Vaccination North-Western Provinces and Oudh 1878-1895 - 1878-1895
Year: 1878
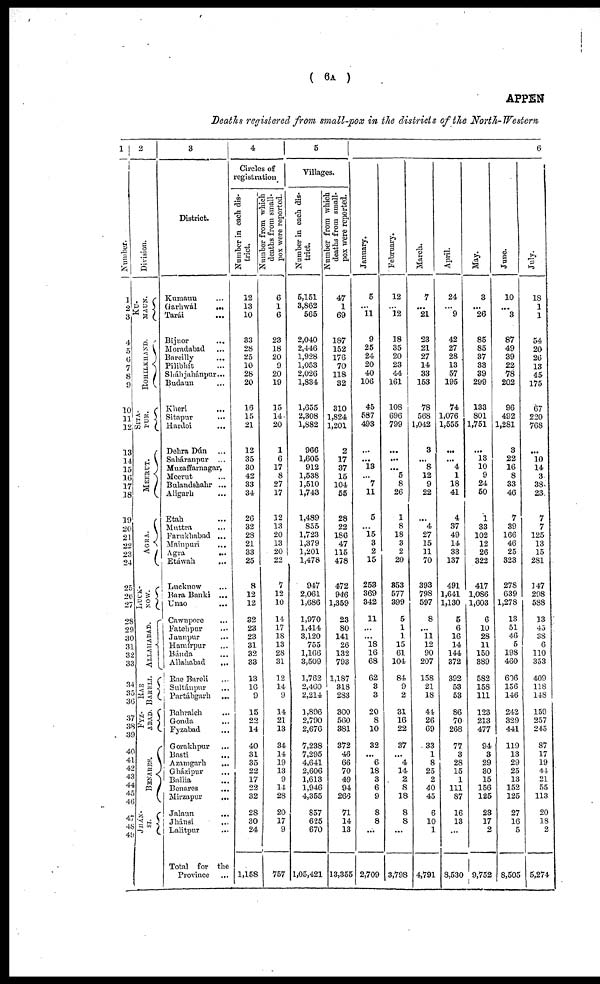
( 6A )
APPEN
Deaths registered from small-pox in the districts of the North-Western
1
Number.
1
2
3
4
5
6
7
8
9
10
11
12
13
14
15
16
17
18
19
20
21
22
23
24
25
26
27
28
29
30
31
32
33
34
35
36
37
38
39
40
41
42
43
44
45
41
47
48
49
2
Division.
Ku¬
NAUN.
ROHILKHAND.
SITA¬
PUR.
MEERUT.
AGRA.
LUCK¬
NOW.
ALLAHABAD.
RAE
BARELI.
FYZ¬
ABAD.
BENARES.
JHÁN¬
SI.
3
District.
Kumaun ...
Garhwál
...
Tarái
...
Bijnor ...
Moradabad ...
Bareilly ...
Pilibhít ...
Sháhjahánpur...
Budaun ...
Kheri ...
Sitapur ...
Hardoi ...
Dehra Dún ...
Saháranpur ...
Muzaffarnagar,
Meerut ...
Bulandshahr ...
Aligarh ...
Etah ...
Muttra ...
Farukhabad ...
Mainpuri ...
Agra ...
Etáwah ...
Lucknow ...
Bara Banki ...
Unao ...
Cawnpore ...
Fatehpur ...
Jaunpur ...
Hamírpur ...
Bánda ...
Allahabad
...
Rae Bareli ...
Sultánpur ...
Partábgarh
...
Bahraich ...
Gonda ...
Fyzabad ...
Gorakhpur ...
Basti ...
Azamgarh
...
Gbázipur ...
Ballia ...
Benares ...
Mirzapur
...
Jalaun ...
Jhánsi
...
Lalitpur ...
Total for the
Province ...
4
Circles of
registration
Number in each dis-
trict.
12
13
10
33
28
25
10
28
20
15
15
21
12
35
30
42
33
34
26
32
28
21
33
25
8
12
12
32
23
23
31
32
33
13
16
9
15
22
14
40
31
35
22
17
22
32
28
30
24
1,158
Number from which
deaths from small¬
pox were reported.
6
1
6
23
18
20
9
20
19
15
14
20
1
6
17
8
27
17
12
13
20
13
20
22
7
12
10
14
17
18
13
28
31
12
14
9
14
21
13
34
14
19
13
9
14
28
20
17
9
757
5
Villages.
Number in each dis-
trict.
5,151
3,862
565
2,040
2,446
1,928
1,053
2,026
1,834
1,655
2,308
1,882
966
1,605
912
1,538
1,510
1,743
1,489
855
1,723
1,379
1,201
1,478
947
2,061
1,686
1,970
1,414
3,120
755
1,166
3,509
1,762
2,460
2,214
3,896
2,790
2,676
7,238
7,295
4,641
2,606
1,613
1,946
4,355
857
625
670
1,05,421
Number from which
deaths from small-
pox were reported.
47
1
69
187
152
176
70
118
32
310
1,824
1,201
2
17
37
15
104
55
28
22
186
47
115
478
472
946
1,359
23
80
141
26
132
793
1,187
318
283
300
560
381
372
46
66
70
49
94
266
71
14
13
13,355
6
January.
5
...
11
9
25
24
20
40
106
45
587
493
...
...
13
...
7
11
5
...
15
3
2
15
253
369
342
11
...
...
18
16
68
62
3
3
20
8
10
32
...
6
18
3
6
9
8
8
...
2,709
February.
12
...
12
18
35
20
23
44
161
108
696
799
...
...
...
5
8
26
1
8
18
3
2
20
853
577
399
5
1
1
15
61
104
84
9
2
31
16
22
37
...
4
14
2 8
18
8
8
...
3,798
March.
7
...
21
23
21
27
14
33
153
78
568
1,042
3
...
8
12
9
22
...
4
27
15
11
70
393
798
597
8
...
11
12
90
207
158
21
18
44
26
69
33
1
8
25
2
40
45
6
10
1
4,791
April.
24
...
9
42
27
28
13
57
195
74
1,076
1,555
...
...
4
1
18
41
4
37
49
14
33
137
491
1,641
1,130
5
6
16
14
144
372
392
53
53
86
70
268
77
3
28
15
1
111
87
16
13
...
8,530
May.
3
...
26
85
85
37
33
39
299
133
801
1,751
...
l3
10
9
24
50
1
33
102
12
26
322
417
1,086
1,603
6
10
28
11
150
389
582
158
111
123
213
477
94
3
29
30
15
156
125
23
17
2
9,752
June.
10
...
3
87
49
39
22
78
202
96
492
1,281
3
22
16
8
33
46
7
39
166
46
25
323
278
639
1,278
18
51
46
5
198
460
606
156
146
242
329
441
119
13
29
25
13
152
125
27
16
5
8,505
July.
18
1
1
54
20
26
13
45
175
67
220
768
...
10
14
3
38
23
7
7
125
13
15
281
147
298
588
13
45
38
6
110
353
409
118
148
159
257
245
87
17
19
44
21
55
113
20
18
2
5,274